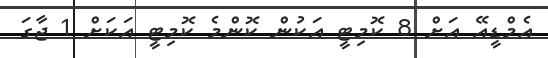
އެމްޑީއޭ އަށް 8 ކޮމިޓީ އަކުން ކޮންމެ ކޮމިޓީ އަކަށް 1 ޖާގަ